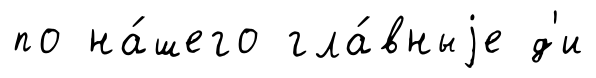
по на́шего гла́вныjе д'и